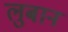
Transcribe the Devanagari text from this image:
लुबान